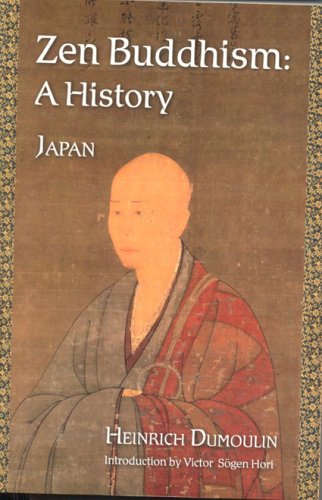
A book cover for Zen Buddhism: A History (Japan) (Treasures of the World's Religions) (Volume 2); Heinrich Dumoulin; Religion & Spirituality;